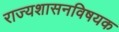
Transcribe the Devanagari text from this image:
राज्यशासनविषयक